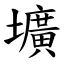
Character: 壙